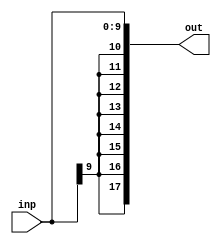
module signExtender10To18bits(inp, out);
parameter inputSize = 10;
parameter outputSize = 18;
input wire [(inputSize-1):0] inp;
output wire [(outputSize-1):0] out;

// replicates the MSB outputSize-inputSize times
assign out = {{outputSize-inputSize{inp[inputSize-1]}}, inp};
endmodule

module tb_signExtender10To18bits;
reg [9:0] inp;
wire [17:0] out;

signExtender10To18bits dut(.inp(inp), .out(out));

initial begin
inp = 10'b0000000000;
#5
$display("The sign extended version of %b is %b", inp, out);

inp = 10'b1000000000;
#5
$display("The sign extended version of %b is %b", inp, out);

$finish();
end
endmodule